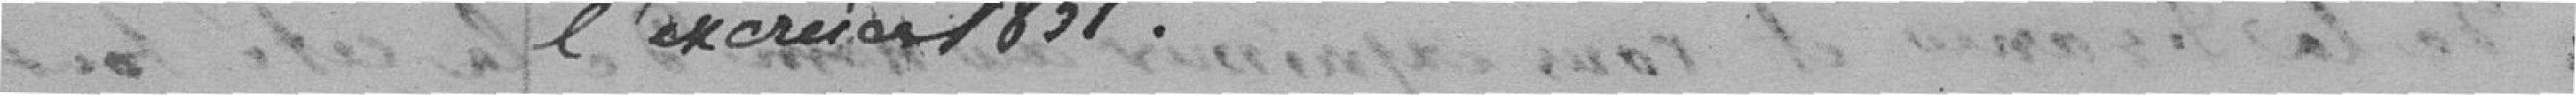
l'exercice 1851.